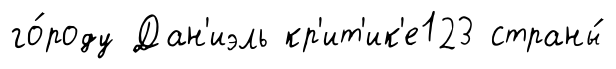
го́роду Дан'иэль кр'ит'ик'е123 страны́